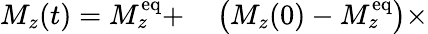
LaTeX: \begin{array}{rl}{M_{z}(t)=M_{z}^{\mathrm{eq}}+}&{{}\left(M_{z}(0)-M_{z}^{\mathrm{eq}}\right)\times}\end{array}